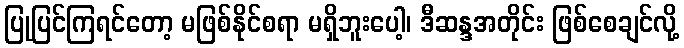
ပြုပြင်ကြရင်တော့ မဖြစ်နိုင်စရာ မရှိဘူးပေါ့၊ ဒီဆန္ဒအတိုင်း ဖြစ်စေချင်လို့